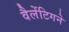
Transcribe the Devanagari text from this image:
वैलेंटिगने